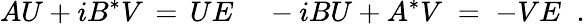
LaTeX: AU+iB^{*}V\, =\, UE\; \; \; \; -iBU+A^{*}V\; =\; -VE\; \; .